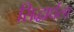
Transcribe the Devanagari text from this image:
सिद्धार्धला